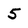
Character: 5